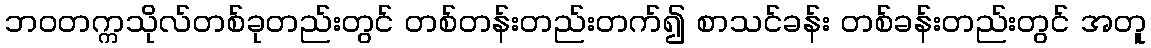
ဘဝတက္ကသိုလ်တစ်ခုတည်းတွင် တစ်တန်းတည်းတက်၍ စာသင်ခန်း တစ်ခန်းတည်းတွင် အတူ